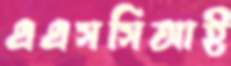
এএসসিআই